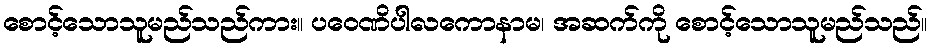
စောင့်သောသူမည်သည်ကား။ ပဝေဏိပါလကောနာမ၊ အဆက်ကို စောင့်သောသူမည်သည်။